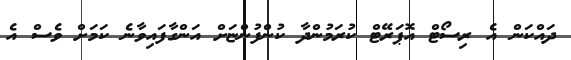
ދައްކަން އެ ރިސޯޓް އޮޕަރޭޓް ކުރަމުންދާ ކުންފުންޏަށް އަންގާފައިވާނެ ކަމަށް ވެސް އެ